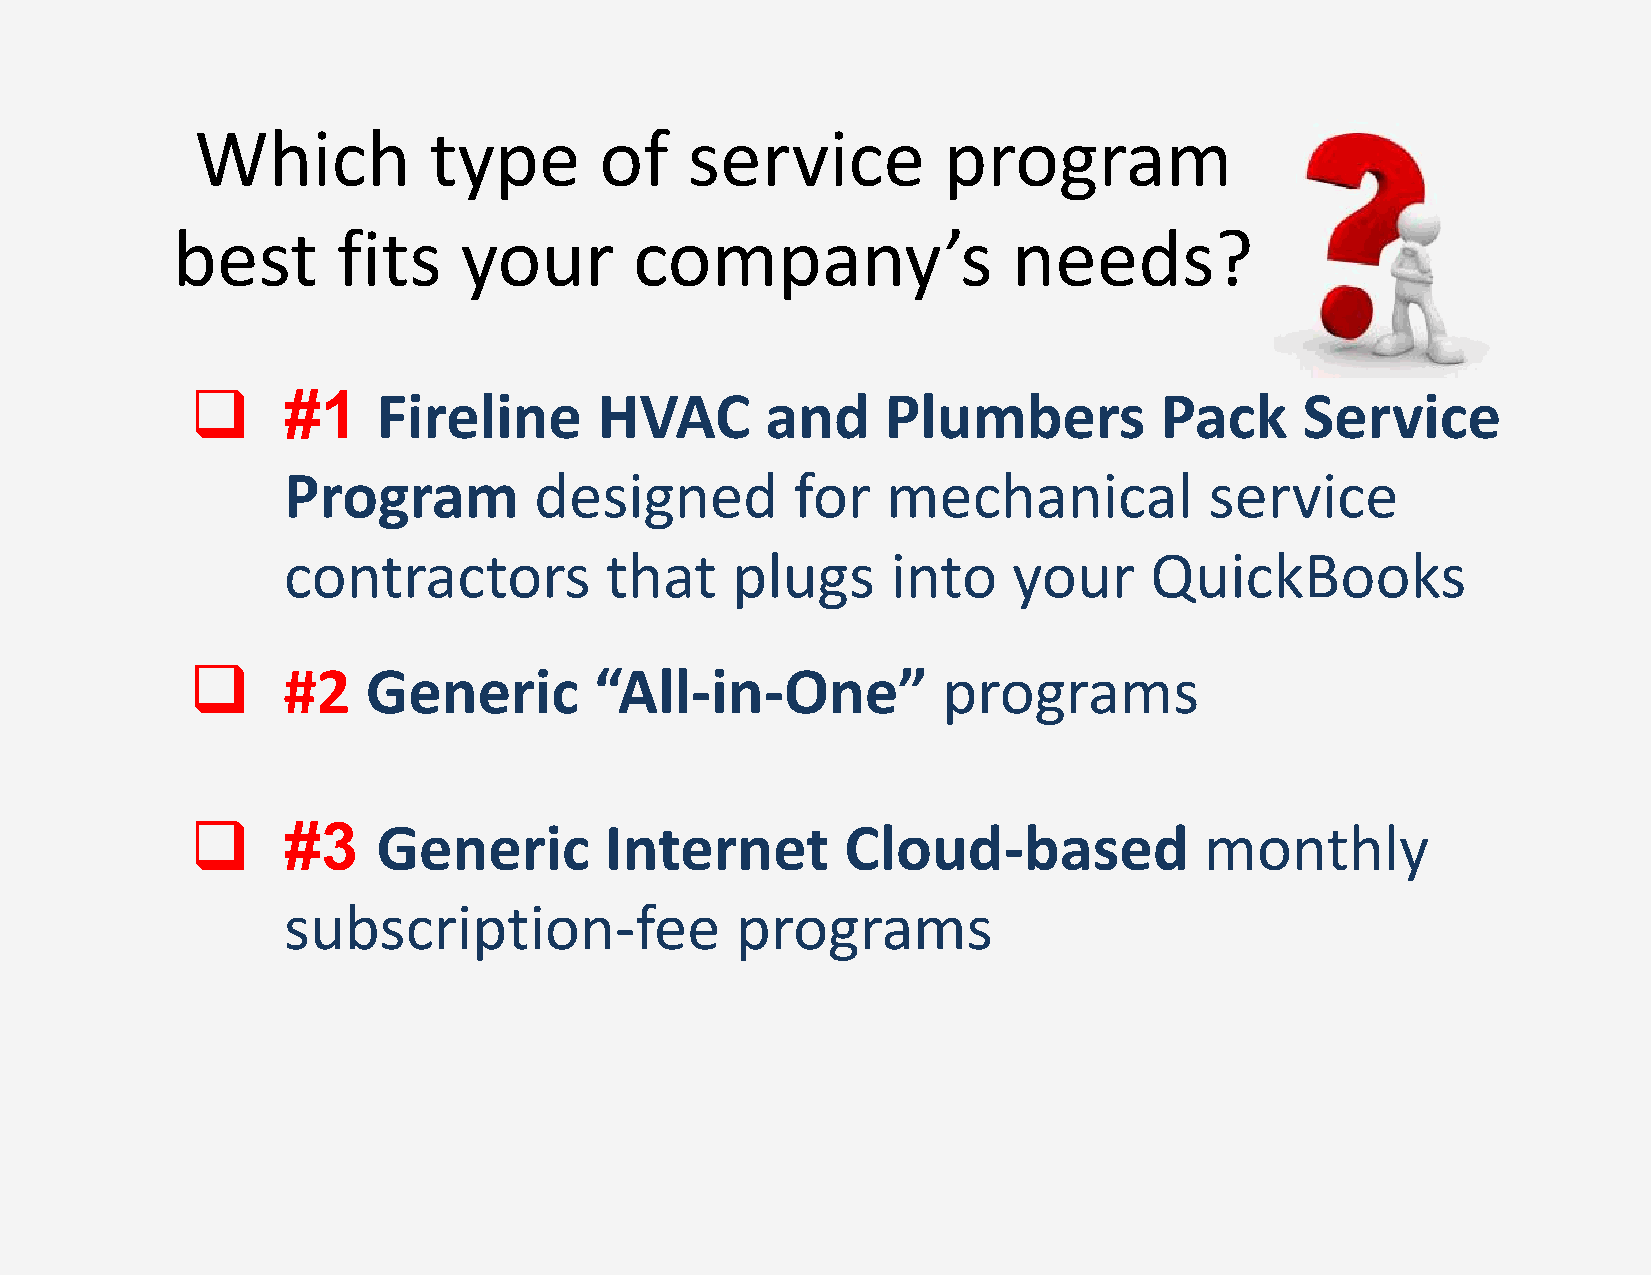
Which          type        of   service          program
 best       fits    your        company’s                needs?
 
 #1    Fireline       HVAC       and     Plumbers          Pack     Service
 Program         designed          for   mechanical           service
 contractors          that    plugs      into    your     QuickBooks
 
 #2   Generic        “All‐in‐One”           programs
 
 #3    Generic        Internet        Cloud‐based             monthly
 subscription‐fee              programs